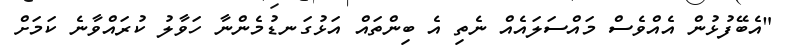
"އެބޭފުޅުން އެއްވެސް މައްސަލައެއް ނެތި އެ ބިންތައް އަޅުގަނޑުމެންނާ ހަވާލު ކުރައްވާނެ ކަމަށް